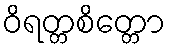
ဝိရတ္တစိတ္တော